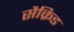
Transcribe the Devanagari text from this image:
सैक्रिड